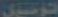
الوسيل